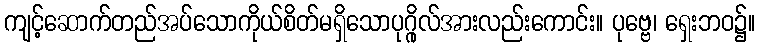
ကျင့်ဆောက်တည်အပ်သောကိုယ်စိတ်မရှိသောပုဂ္ဂိုလ်အားလည်းကောင်း။ ပုဗ္ဗေ၊ ရှေးဘဝ၌။